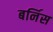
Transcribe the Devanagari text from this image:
बर्निस